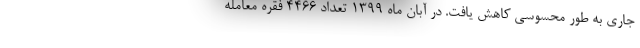
جاری به طور محسوسی کاهش یافت. در آبان ماه ۱۳۹۹ تعداد ۴۴۶۶ فقره معامله